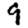
Digit: 9